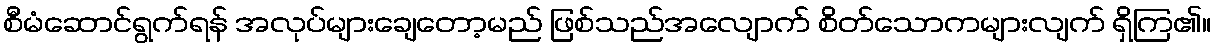
စီမံဆောင်ရွက်ရန် အလုပ်များချေတော့မည် ဖြစ်သည်အလျောက် စိတ်သောကများလျက် ရှိကြ၏။